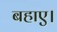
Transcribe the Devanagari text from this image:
बहाए।